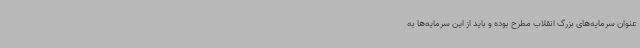
عنوان سرمایه‌های بزرگ انقلاب مطرح بوده و باید از این سرمایه‌ها به